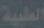
الطلبية